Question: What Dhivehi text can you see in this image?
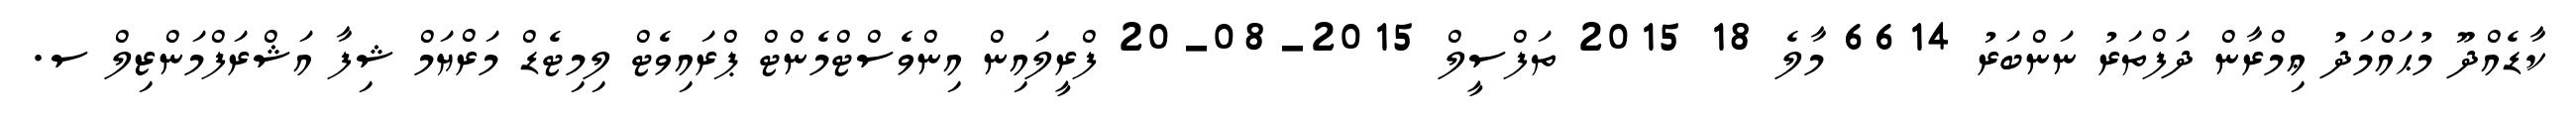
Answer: ކާޑެއްދޫ މުޙައްމަދު ޢިމްރާން ދަފްތަރު ނަންބަރު 6614 މާލެ 18 2015 ތަފްސީލް 2015-08-20 ފްރީލައިން އިންވެސްޓްމެންޓް ޕްރައިވެޓް ލިމިޓެޑް މަރްޔަމް ޝިފާ އަޝްރަފްމަންޒިލް ސ.